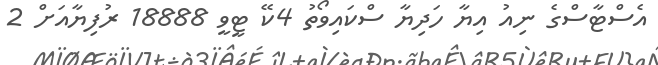
އެސްޓާސްގެ ނިއު އިޔާ ހަދިޔާ ސްކައިވޯތު 4ކޭ ޓީވީ 18888 ރުފިޔާއަށް 2